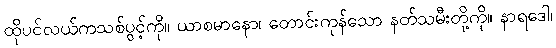
ထိုပင်လယ်ကသစ်ပွင့်ကို။ ယာစမာနော၊ တောင်းကုန်သော နတ်သမီးတို့ကို။ နာရဒေါ၊